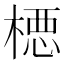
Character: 𪳉